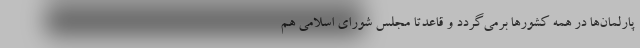
پارلمان‌ها در همه کشورها برمی‌گردد و قاعدتاً مجلس شورای اسلامی هم